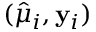
( \hat { \mu } _ { i } , \mathbf { y } _ { i } )